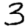
Digit: 3